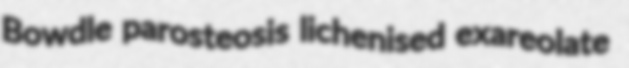
Bowdle parosteosis lichenised exareolate